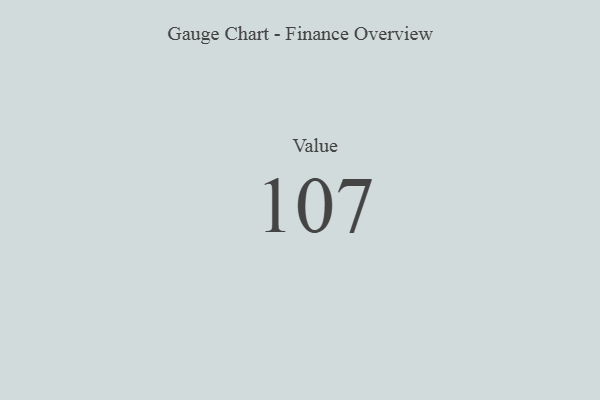
{"axis": {"x": "Metric", "y": "Value"}, "legend": [""], "data": [{"x": "Value", "y": 107, "type": ""}]}